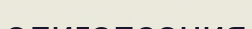
олигопсония